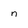
Character: n